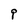
Character: 9